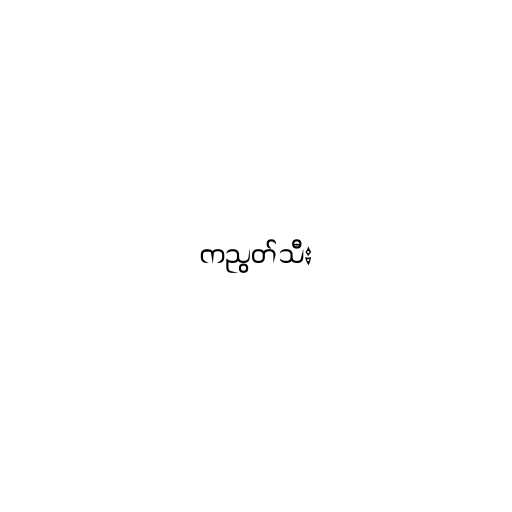
ကညွတ်သီး